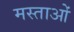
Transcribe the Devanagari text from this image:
मस्ताओं